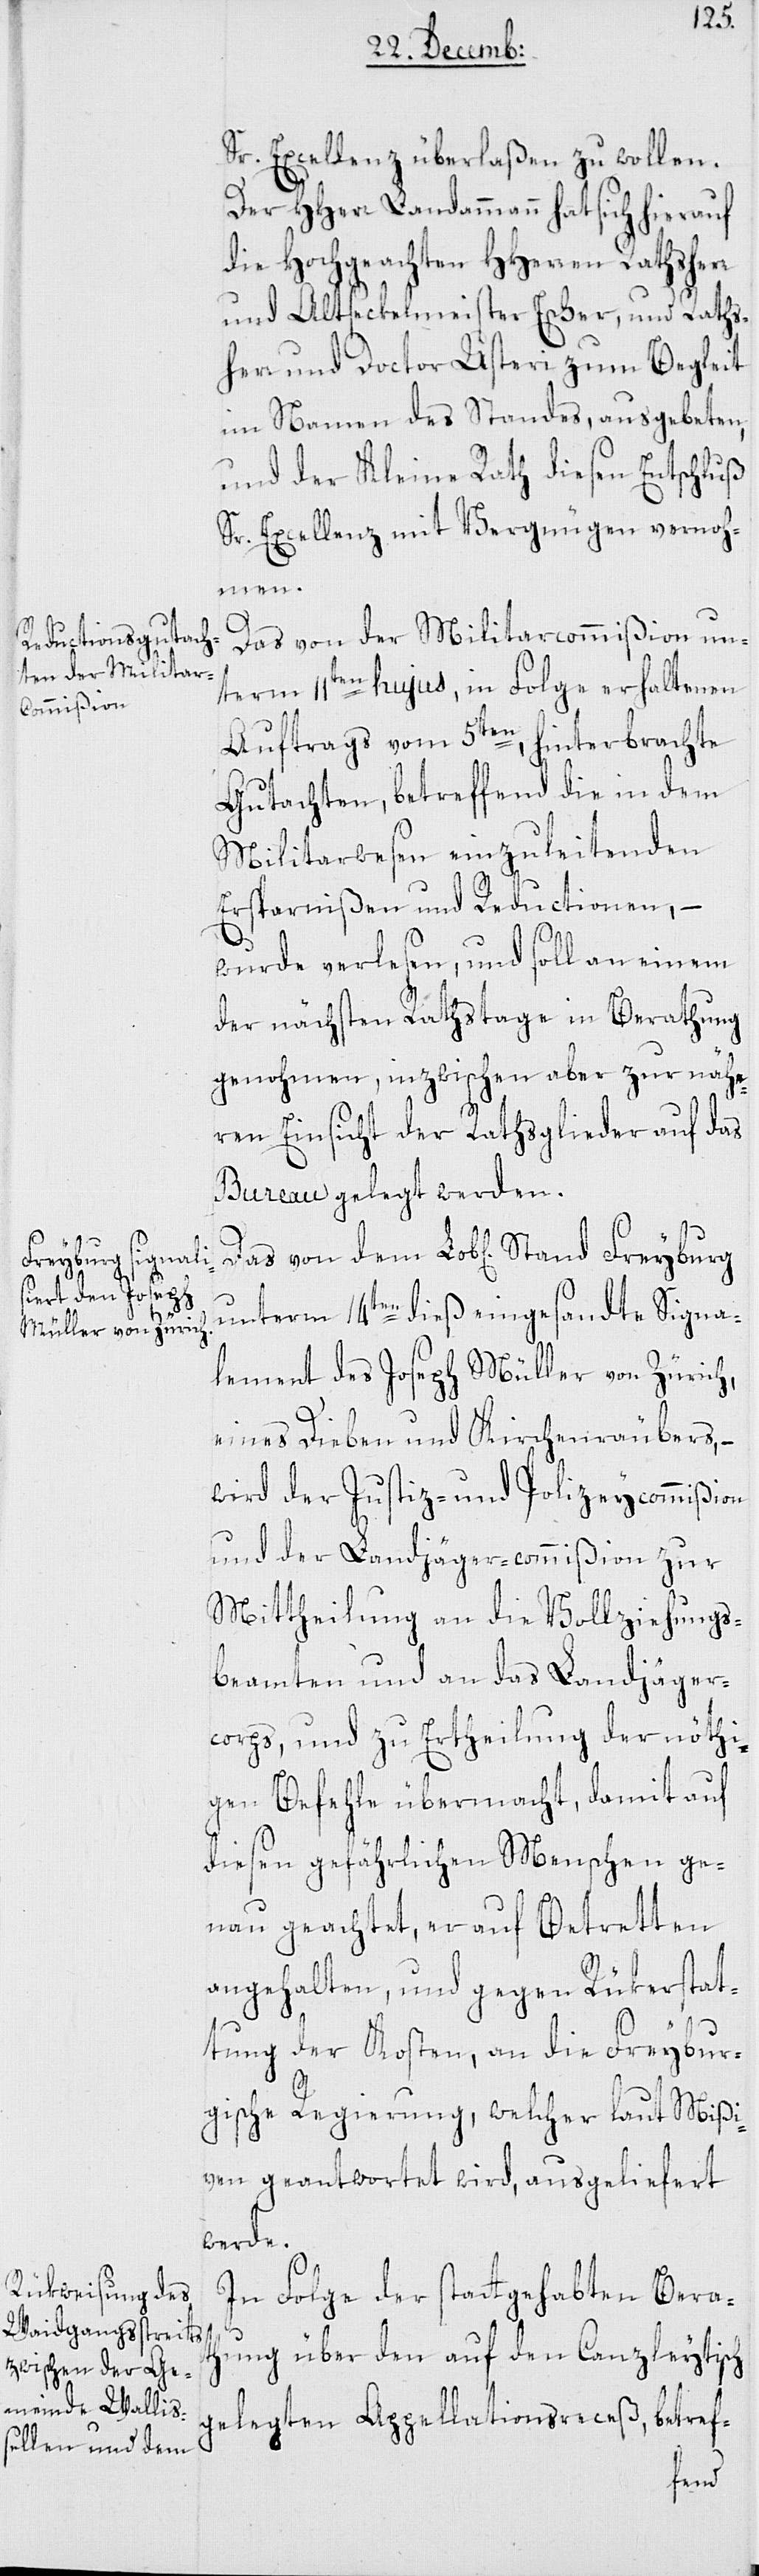
Sr. Excellenz überlaßen zu wollen.
Der HHerr Landammann hat sich hierauf
die Hochgeachten HHerren Rathserr
und Altseckelmeister Escher, und Raths¬
herr und Doctor Usteri zum Begleit
im Namen des Standes, ausgebeten,
und der Kleine Rath dießen Entschluß
Sr. Excellenz mit Vergnügen vernoh¬
men.
Das von der Militarcommißion un¬
term 11ten hujus, in Folge erhaltenen
Auftrags vom 5ten hinterbrachte
Gutachten, betreffend die in dem
Militarwesen einzuleitenden
Ersparnißen und Reductionen, –
ch
wurde verlesen, und soll an einem
der nächsten Rathstage in Berathung
genohmen, inzwischen aber zur nähe¬
ren Einsicht der Rathsglieder auf das
Bureau gelegt werden.
unterm 14ten dieß eingesandte Signa¬
lement des Joseph Müller von Zürich,
eines Dieben und Kirchenräubers, –
wird der Justiz- und Polizeycommißion
und der Landjäger-commißion
Mittheilung an die Vollziehungs¬
beamten und an das Ladjäger¬
corps, und zu Ertheilung der nöthi¬
gen Befehle übermacht, damit auf
diesen gefährlichen Menschen ge¬
nau geachtet, er auf Betretten
angehalten, und gegen Rükerstat¬
tung der Kosten, an die Freybur¬
gische Regierung, welcher laut Mißi¬
ven geantwortet wird, ausgeliefert
werde.
In Folge der stattgehabten Berat¬
hung über den auf den Canzleytis¬
gelegten Appellationsreceß, betref-